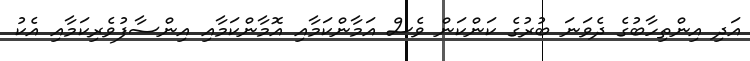
އަދި އިންތިހާބުގެ ދެވަނަ ބުރުގެ ކަންކަން ވެސް އަމާންކަމާއި އޮމާންކަމާއި އިންސާފުވެރިކަމާއި އެކު